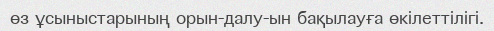
өз ұсыныстарының орын­далу­ын бақылауға өкілеттілігі.